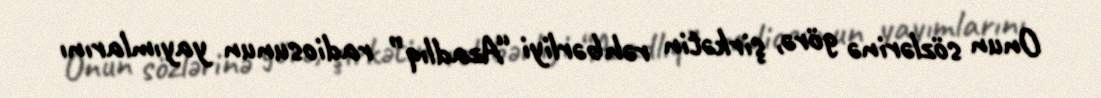
Onun sözlərinə görə, şirkətin rəhbərliyi “Azadlıq” radiosunun yayımlarını